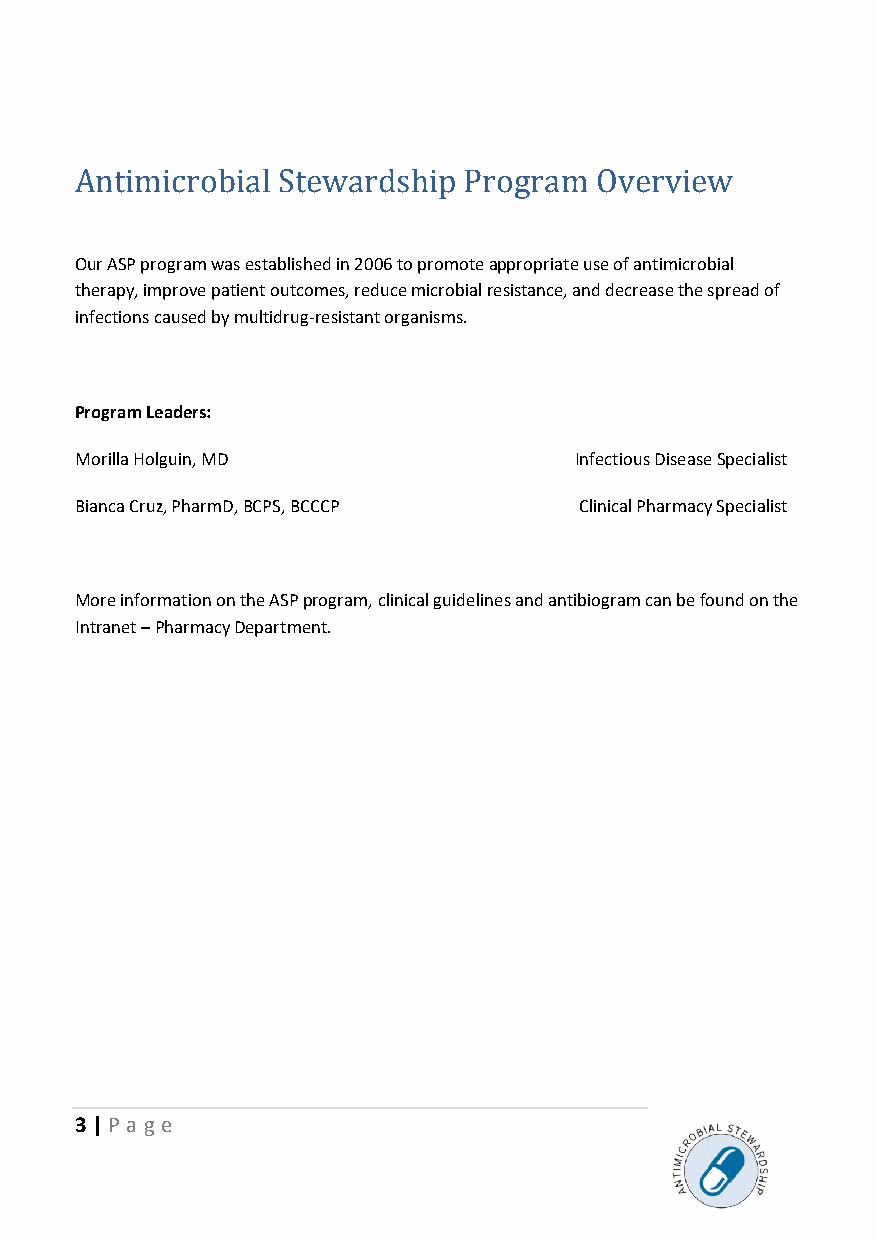
Antimicrobial Stewardship Program Overview
 Our ASP program was established in 2006 to promote appropriate use of antimicrobial
 therapy, improve patient outcomes, reduce microbial resistance, and decrease the spread of
 infections caused by multidrug-resistant organisms.
 Program Leaders:
 Morilla Holguin, MD              Infectious Disease Specialist
 Bianca Cruz, PharmD, BCPS, BCCCP Clinical Pharmacy Specialist
 More information on the ASP program, clinical guidelines and antibiogram can be found on the
 Intranet – Pharmacy Department.
 3 | P age